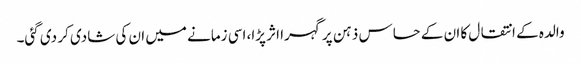
والدہ کے انتقال کا ان کے حساس ذہن پر گہرا اثر پڑا، اسی زمانے میں ان کی شادی کر دی گئی۔